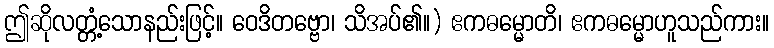
ဤဆိုလတ္တံ့သောနည်းဖြင့်။ ဝေဒိတဗ္ဗော၊ သိအပ်၏။) ဧကဓမ္မောတိ၊ ဧကဓမ္မောဟူသည်ကား။